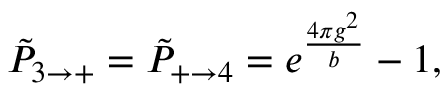
\tilde { P } _ { 3 \rightarrow + } = \tilde { P } _ { + \rightarrow 4 } = e ^ { \frac { 4 \pi g ^ { 2 } } { b } } - 1 ,